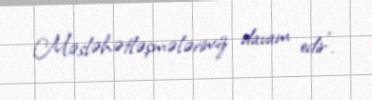
Məsləhətləşmələrimiz davam edir”.